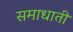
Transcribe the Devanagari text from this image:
समाधाती